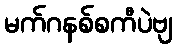
မက်ဂနစ်စကီပဲဗျ